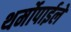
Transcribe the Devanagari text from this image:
थर्मोपाईले